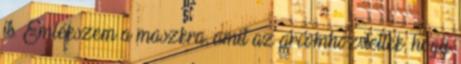
is. Emlékszem a maszkra, amit az arcomhoz tettek, hogy